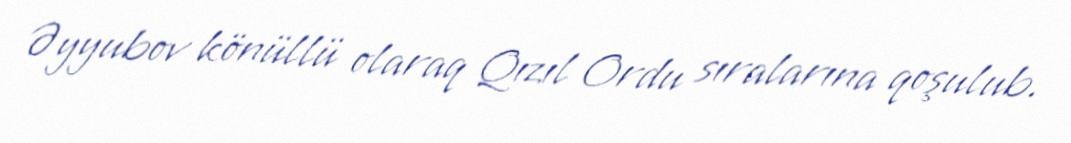
Əyyubov könüllü olaraq Qızıl Ordu sıralarına qoşulub.